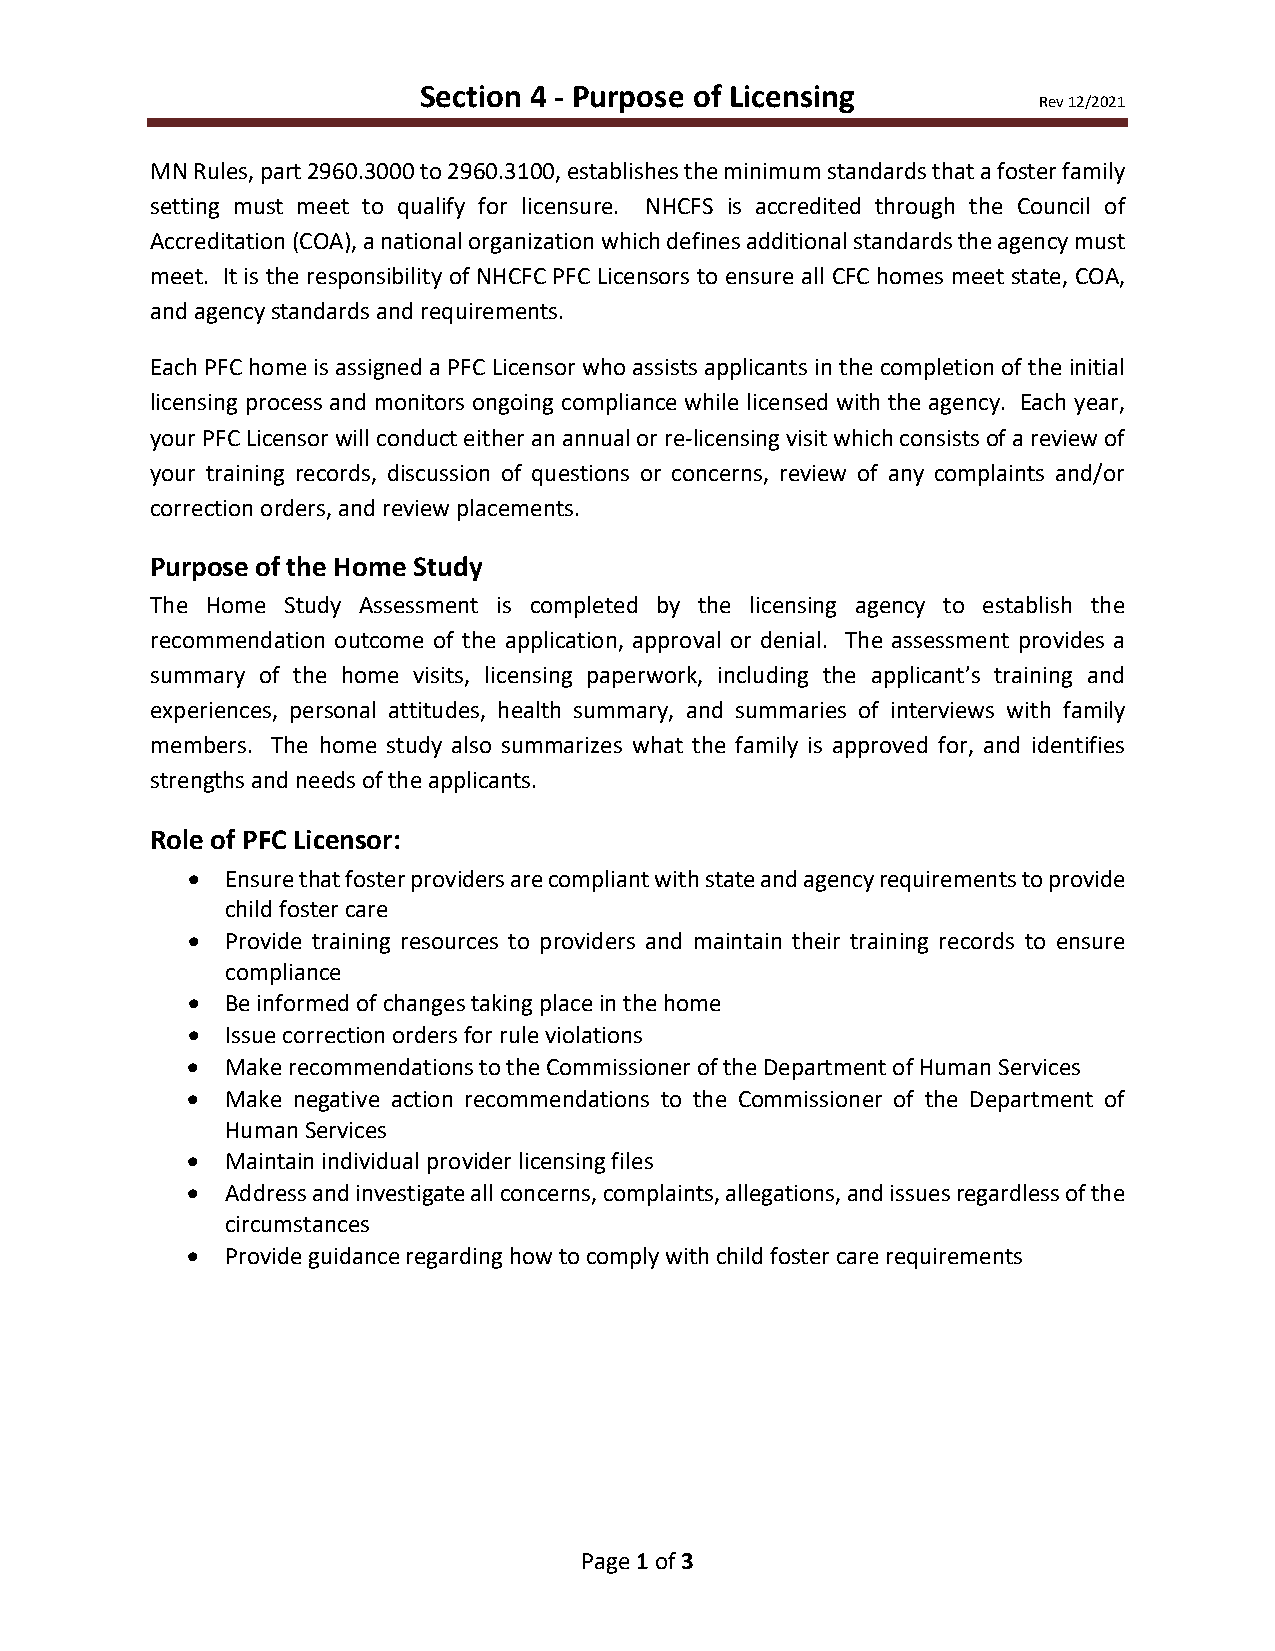
Section 4 - Purpose of Licensing
 Rev 12/2021
 MN Rules, part 2960.3000 to 2960.3100, establishes the minimum standards that a foster family
 setting must meet to qualify for licensure. NHCFS is accredited through the Council of
 Accreditation (COA), a national organization which defines additional standards the agency must
 meet. It is the responsibility of NHCFC PFC Licensors to ensure all CFC homes meet state, COA,
 and agency standards and requirements.
 Each PFC home is assigned a PFC Licensor who assists applicants in the completion of the initial
 licensing process and monitors ongoing compliance while licensed with the agency. Each year,
 your PFC Licensor will conduct either an annual or re-licensing visit which consists of a review of
 your training records, discussion of questions or concerns, review of any complaints and/or
 correction orders, and review placements.
 Purpose of the Home Study
 The Home Study Assessment is completed by the licensing agency to establish the
 recommendation outcome of the application, approval or denial. The assessment provides a
 summary of the home visits, licensing paperwork, including the applicant’s training and
 experiences, personal attitudes, health summary, and summaries of interviews with family
 members. The home study also summarizes what the family is approved for, and identifies
 strengths and needs of the applicants.
 Role of PFC Licensor:
 •  Ensure that foster providers are compliant with state and agency requirements to provide
 child foster care
 •  Provide training resources to providers and maintain their training records to ensure
 compliance
 •  Be informed of changes taking place in the home
 •  Issue correction orders for rule violations
 •  Make recommendations to the Commissioner of the Department of Human Services
 •  Make negative action recommendations to the Commissioner of the Department of
 Human Services
 •  Maintain individual provider licensing files
 •  Address and investigate all concerns, complaints, allegations, and issues regardless of the
 circumstances
 •  Provide guidance regarding how to comply with child foster care requirements
 Page 1 of 3